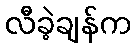
လီခဲ့ချန်က